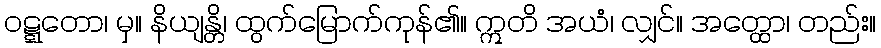
ဝဋ္ဋတော၊ မှ။ နိယျန္တိ၊ ထွက်မြောက်ကုန်၏။ ဣတိ အယံ၊ လျှင်။ အတ္ထော၊ တည်း။